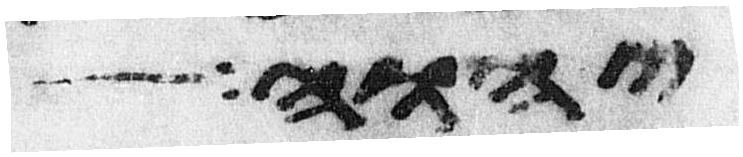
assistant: יהוה